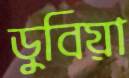
ডুবিয়া